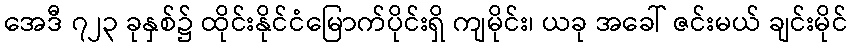
အေဒီ ၇၂၃ ခုနှစ်၌ ထိုင်းနိုင်ငံမြောက်ပိုင်းရှိ ကျမိုင်း၊ ယခု အခေါ် ဇင်းမယ် ချင်းမိုင်